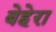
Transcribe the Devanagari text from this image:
बेहेरा